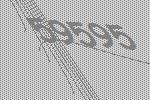
59595